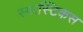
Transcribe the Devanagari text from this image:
स्पास्टिकस